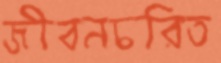
জীবনচরিত